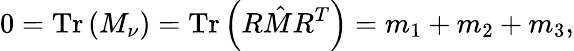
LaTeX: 0=\mathrm{Tr}\left(M_{\nu}\right)=\mathrm{Tr}\left(R{\hat{M}}R^{T}\right)=m_{1}+m_{2}+m_{3},